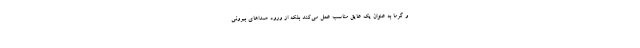
و گرما به عنوان یک عایق مناسب عمل می‌کند بلکه از ورود صداهای بیرونی